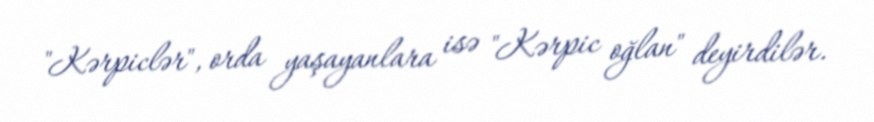
"Kərpiclər", orda yaşayanlara isə "Kərpic oğlan" deyirdilər.